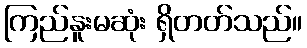
ကြည်နူးမဆုံး ရှိတတ်သည်။